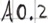
Text: A0.2